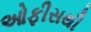
ઓફીસથી